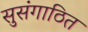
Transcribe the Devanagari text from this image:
सुसंगाठित